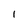
Character: l